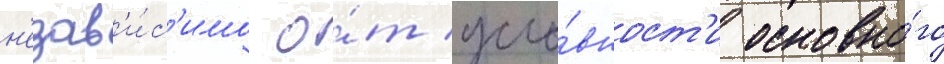
н'езав'и́с'имо о́т усло́вност'и основно́го